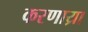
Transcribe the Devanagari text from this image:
करणाय्रा